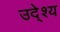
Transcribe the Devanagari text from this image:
उदे्श्य